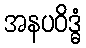
အနပဝိဒ္ဓံ